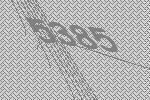
5385